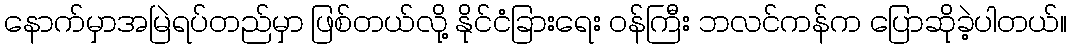
နောက်မှာအမြဲရပ်တည်မှာ ဖြစ်တယ်လို့ နိုင်ငံခြားရေး ဝန်ကြီး ဘလင်ကန်က ပြောဆိုခဲ့ပါတယ်။